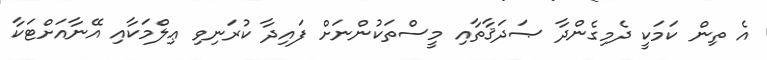
އެ ތިން ކަމަކީ ދެމިގެންދާ ޞަދަޤާތާއި މީސްތަކުންނަށް ފައިދާ ކުރަނިވި ޢިލްމަކާއި އޭނާއަށްޓަކާ